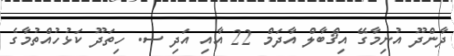
ދާންދޫ އުނިމާގޭ އިޤްބާލް އާދަމް 22 އާއި އަދި ސ. ހިތަދޫ ކަޅުހުއްތުމާގެ